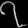
Digit: ၇